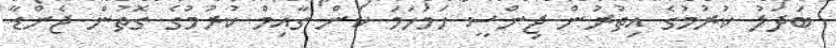
ބަދަލު ކުރުމުގެ އިތުރުން ޖިންސީ ހަމަހަމަ ކަން ގާއިމް ކުރުމުގެ ގޮތުން ޖެންޑާ